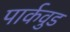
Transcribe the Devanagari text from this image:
पार्कवुड